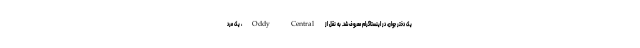
یک دختر جوان، در اینستاگرام معروف شد. به نقل از Oddy Central، یک مرد